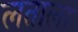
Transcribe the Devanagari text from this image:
लताला